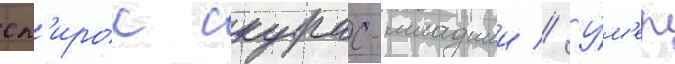
сп'ирос скурас-младшии // У́м'ер